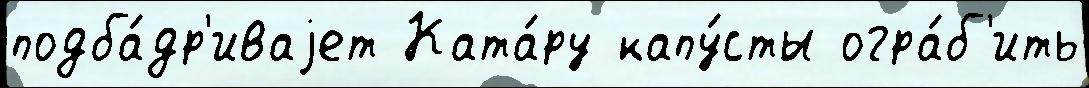
подба́др'иваjет Ката́ру капу́сты огра́б'ить